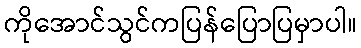
ကိုအောင်သွင်ကပြန်ပြောပြမှာပါ။